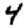
Digit: 4